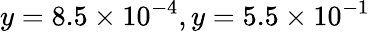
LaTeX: y=8.5\times 10^{-4},y=5.5\times 10^{-1}